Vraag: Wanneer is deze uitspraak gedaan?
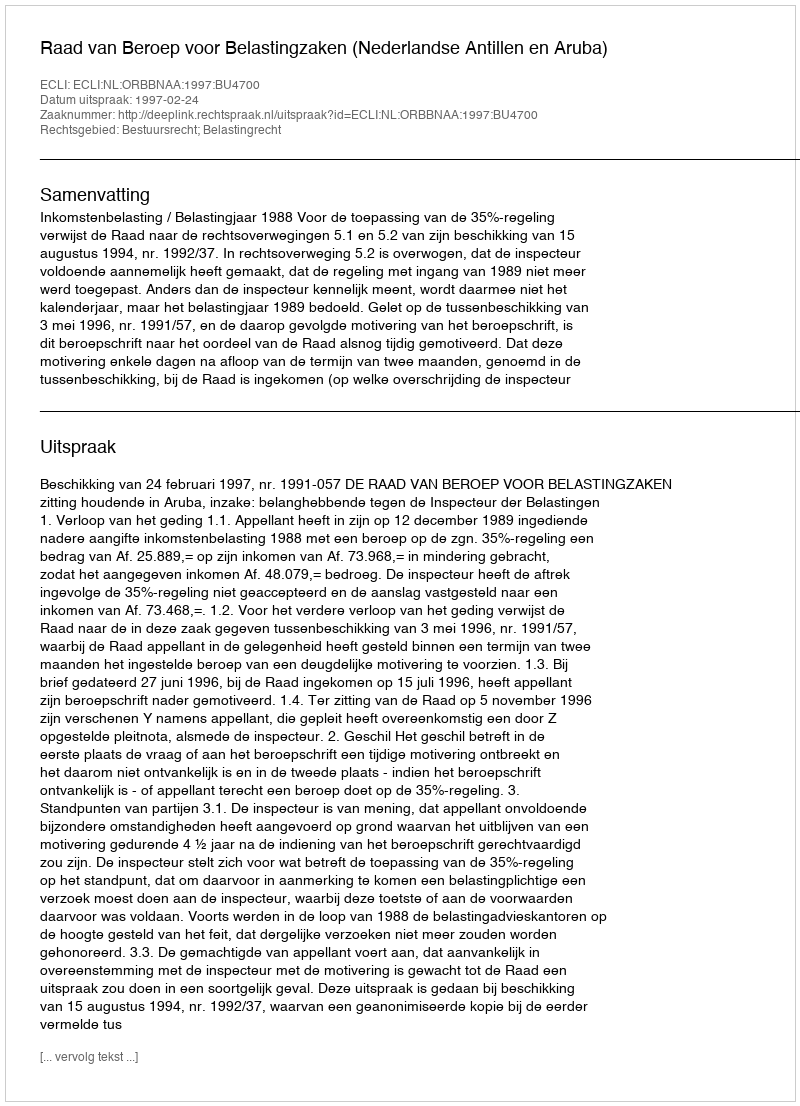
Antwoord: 1997-02-24